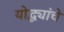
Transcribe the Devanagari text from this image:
योद्ध्यांचे